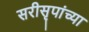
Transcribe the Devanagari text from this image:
सरीसृपांच्या